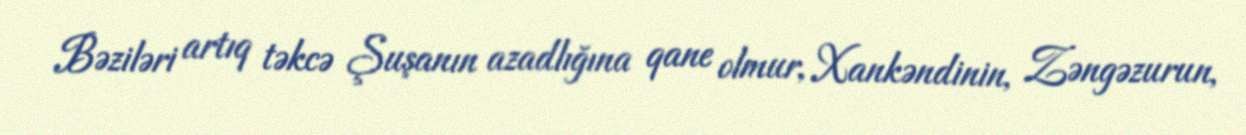
Bəziləri artıq təkcə Şuşanın azadlığına qane olmur, Xankəndinin, Zəngəzurun,